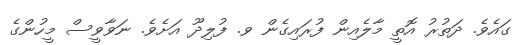
ގައެވެ. ދަތުރު އޮތީ މާލެއިން ފުރައިގެން ވ. ފުލިދޫ އަށެވެ. ނަވާވީސް މީހުންގެ